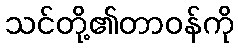
သင်တို့၏တာဝန်ကို